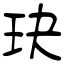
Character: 玦